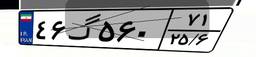
۹۵گ۹۶۳۱۲